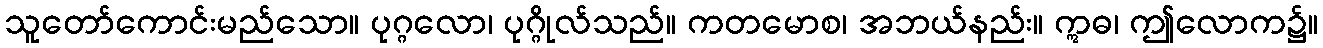
သူတော်ကောင်းမည်သော။ ပုဂ္ဂလော၊ ပုဂ္ဂိုလ်သည်။ ကတမောစ၊ အဘယ်နည်း။ ဣဓ၊ ဤလောက၌။